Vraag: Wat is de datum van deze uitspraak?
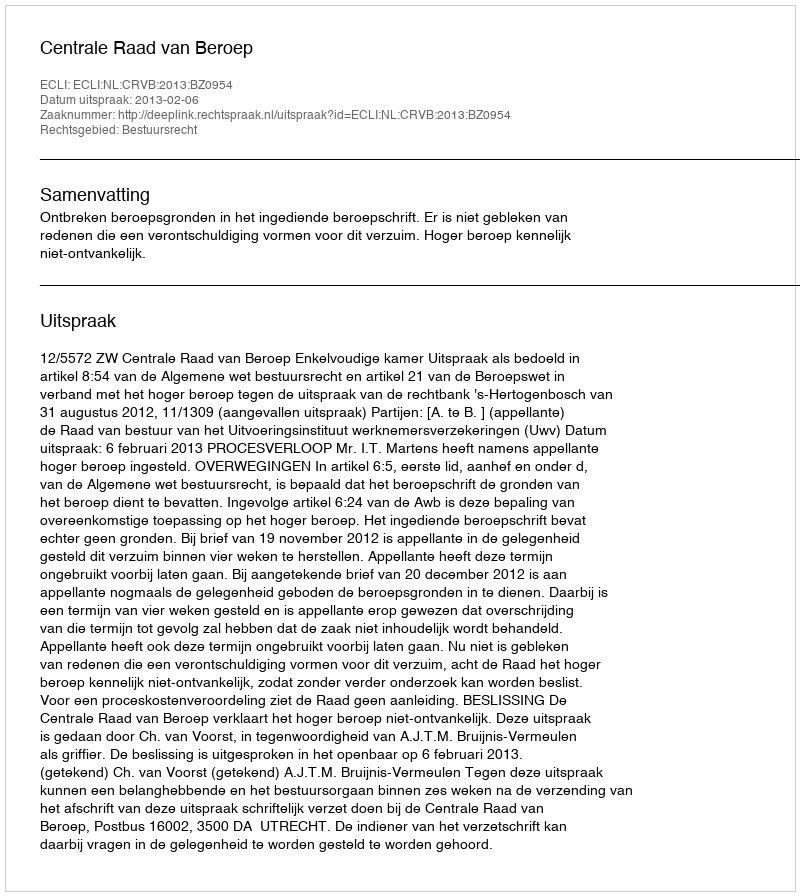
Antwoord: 2013-02-06